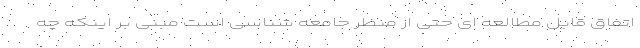
اتفاق قابل مطالعه ای حتی از منظر جامعه شناسی است مبنی بر اینکه چه